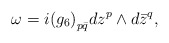
\begin{align*} \omega = i {(g_6)}_{p\bar{q}} dz^p \wedge d\bar{z}^q,\end{align*}